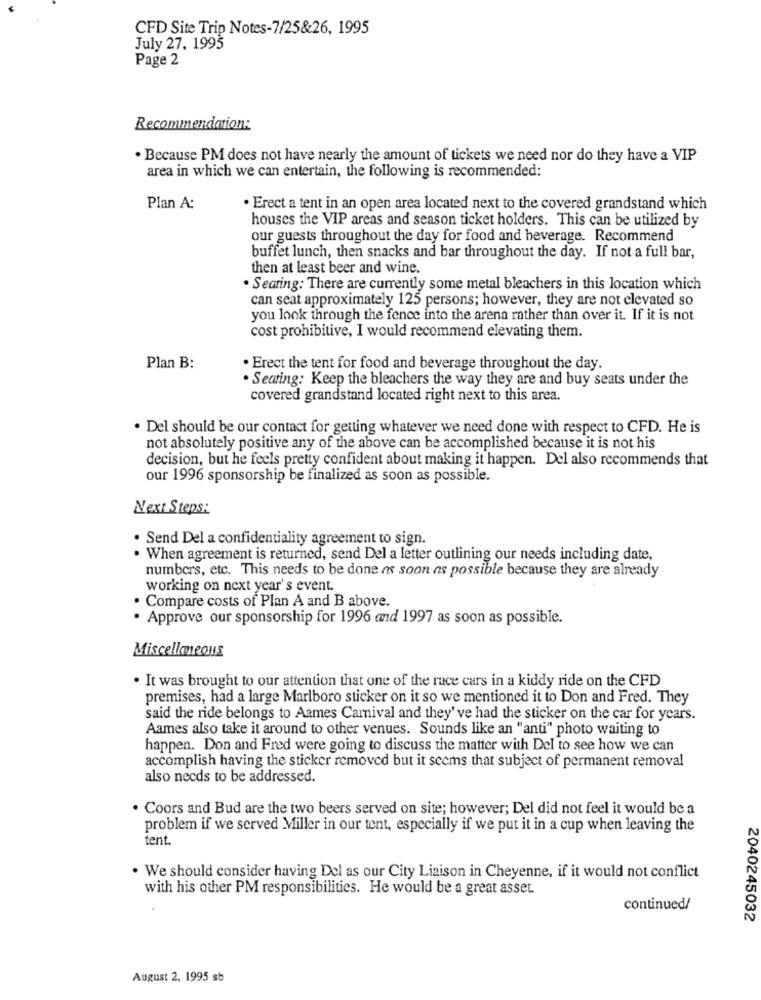
CFD Site Trip Notes-7/25&26, 1995
July 27, 1995
Page 2
Recommendation:
. Because PM does not have nearly the amount of tickets we need nor do they have a VIP
area in which we can entertain, the following is recommended:
Plan A:
. Erect a tent in an open area located next to the covered grandstand which
houses the VIP areas and season ticket holders. This can be utilized by
our guests throughout the day for food and beverage. Recommend
buffet lunch, then snacks and bar throughout the day. If not a full bar,
then at least beer and wine.
. Searing: There are currently some metal bleachers in this location which
can seat approximately 125 persons; however, they are not elevated so
you look through the fence into the arena rather than over it. If it is not
cost prohibitive, I would recommend elevating them.
Plan B:
. Erect the tent for food and beverage throughout the day.
. Seating: Keep the bleachers the way they are and buy seats under the
covered grandstand located right next to this area.
. Del should be our contact for getting whatever we need done with respect to CFD. He is
not absolutely positive any of the above can be accomplished because it is not his
decision, but he feels pretty confident about making it happen. Del also recommends that
our 1996 sponsorship be finalized as soon as possible.
Next Steps:
Send Del a confidentiality agreement to sign.
. When agreement is returned, send Del a letter outlining our needs including date,
numbers, etc. This needs to be done as soon as possible because they are already
working on next year's event.
Compare costs of Plan A and B above.
Approve our sponsorship for 1996 and 1997 as soon as possible.
Miscellaneous
. It was brought to our attention that one of the race cars in a kiddy ride on the CFD
premises, had a large Marlboro sticker on it so we mentioned it to Don and Fred. They
said the ride belongs to Aames Carnival and they' ve had the sticker on the car for years.
Aames also take it around to other venues. Sounds like an "anti" photo waiting to
happen. Don and Freed were going to discuss the matter with Del to see how we can
accomplish having the sticker removed but it seems that subject of permanent removal
also needs to be addressed.
. Coors and Bud are the two beers served on site; however; Del did not feel it would be a
problem if we served Miller in our tent, especially if we put it in a cup when leaving the
tent.
. We should consider having Del as our City Liaison in Cheyenne, if it would not conflict
with his other PM responsibilities. He would be a great asset.
continued/
2040245032
August 2, 1995 sb